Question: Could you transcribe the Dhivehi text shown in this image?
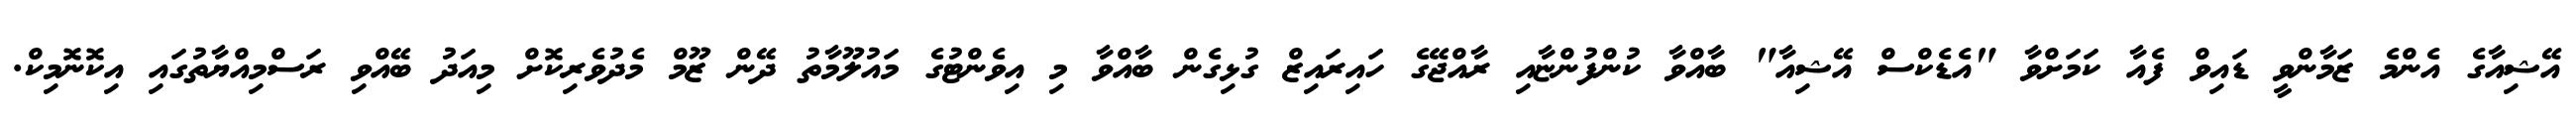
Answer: އޭޝިއާގެ އެންމެ ޒަމާންވީ ޑައިވް ފެއާ ކަމަށްވާ "އެޑެކްސް އޭޝިއާ" ބާއްވާ ކުންފުންޏާއި ރާއްޖޭގެ ހައިރައިޒް ގުޅިގެން ބާއްވާ މި އިވެންޓުގެ މައުލޫމާތު ދޭން ޒޫމް މެދުވެރިކޮށް މިއަދު ބޭއްވި ރަސްމިއްޔާތުގައި އިކޮނޮމިކް.